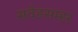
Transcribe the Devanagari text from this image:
सर्वङसम्हर